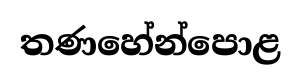
තණහේන්පොළ